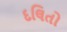
દલિતો